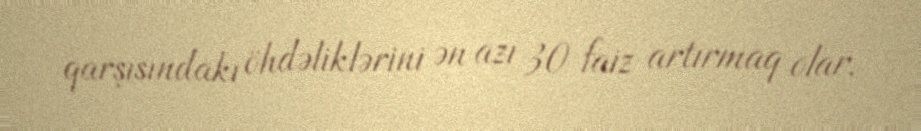
qarşısındakı öhdəliklərini ən azı 30 faiz artırmaq olar.